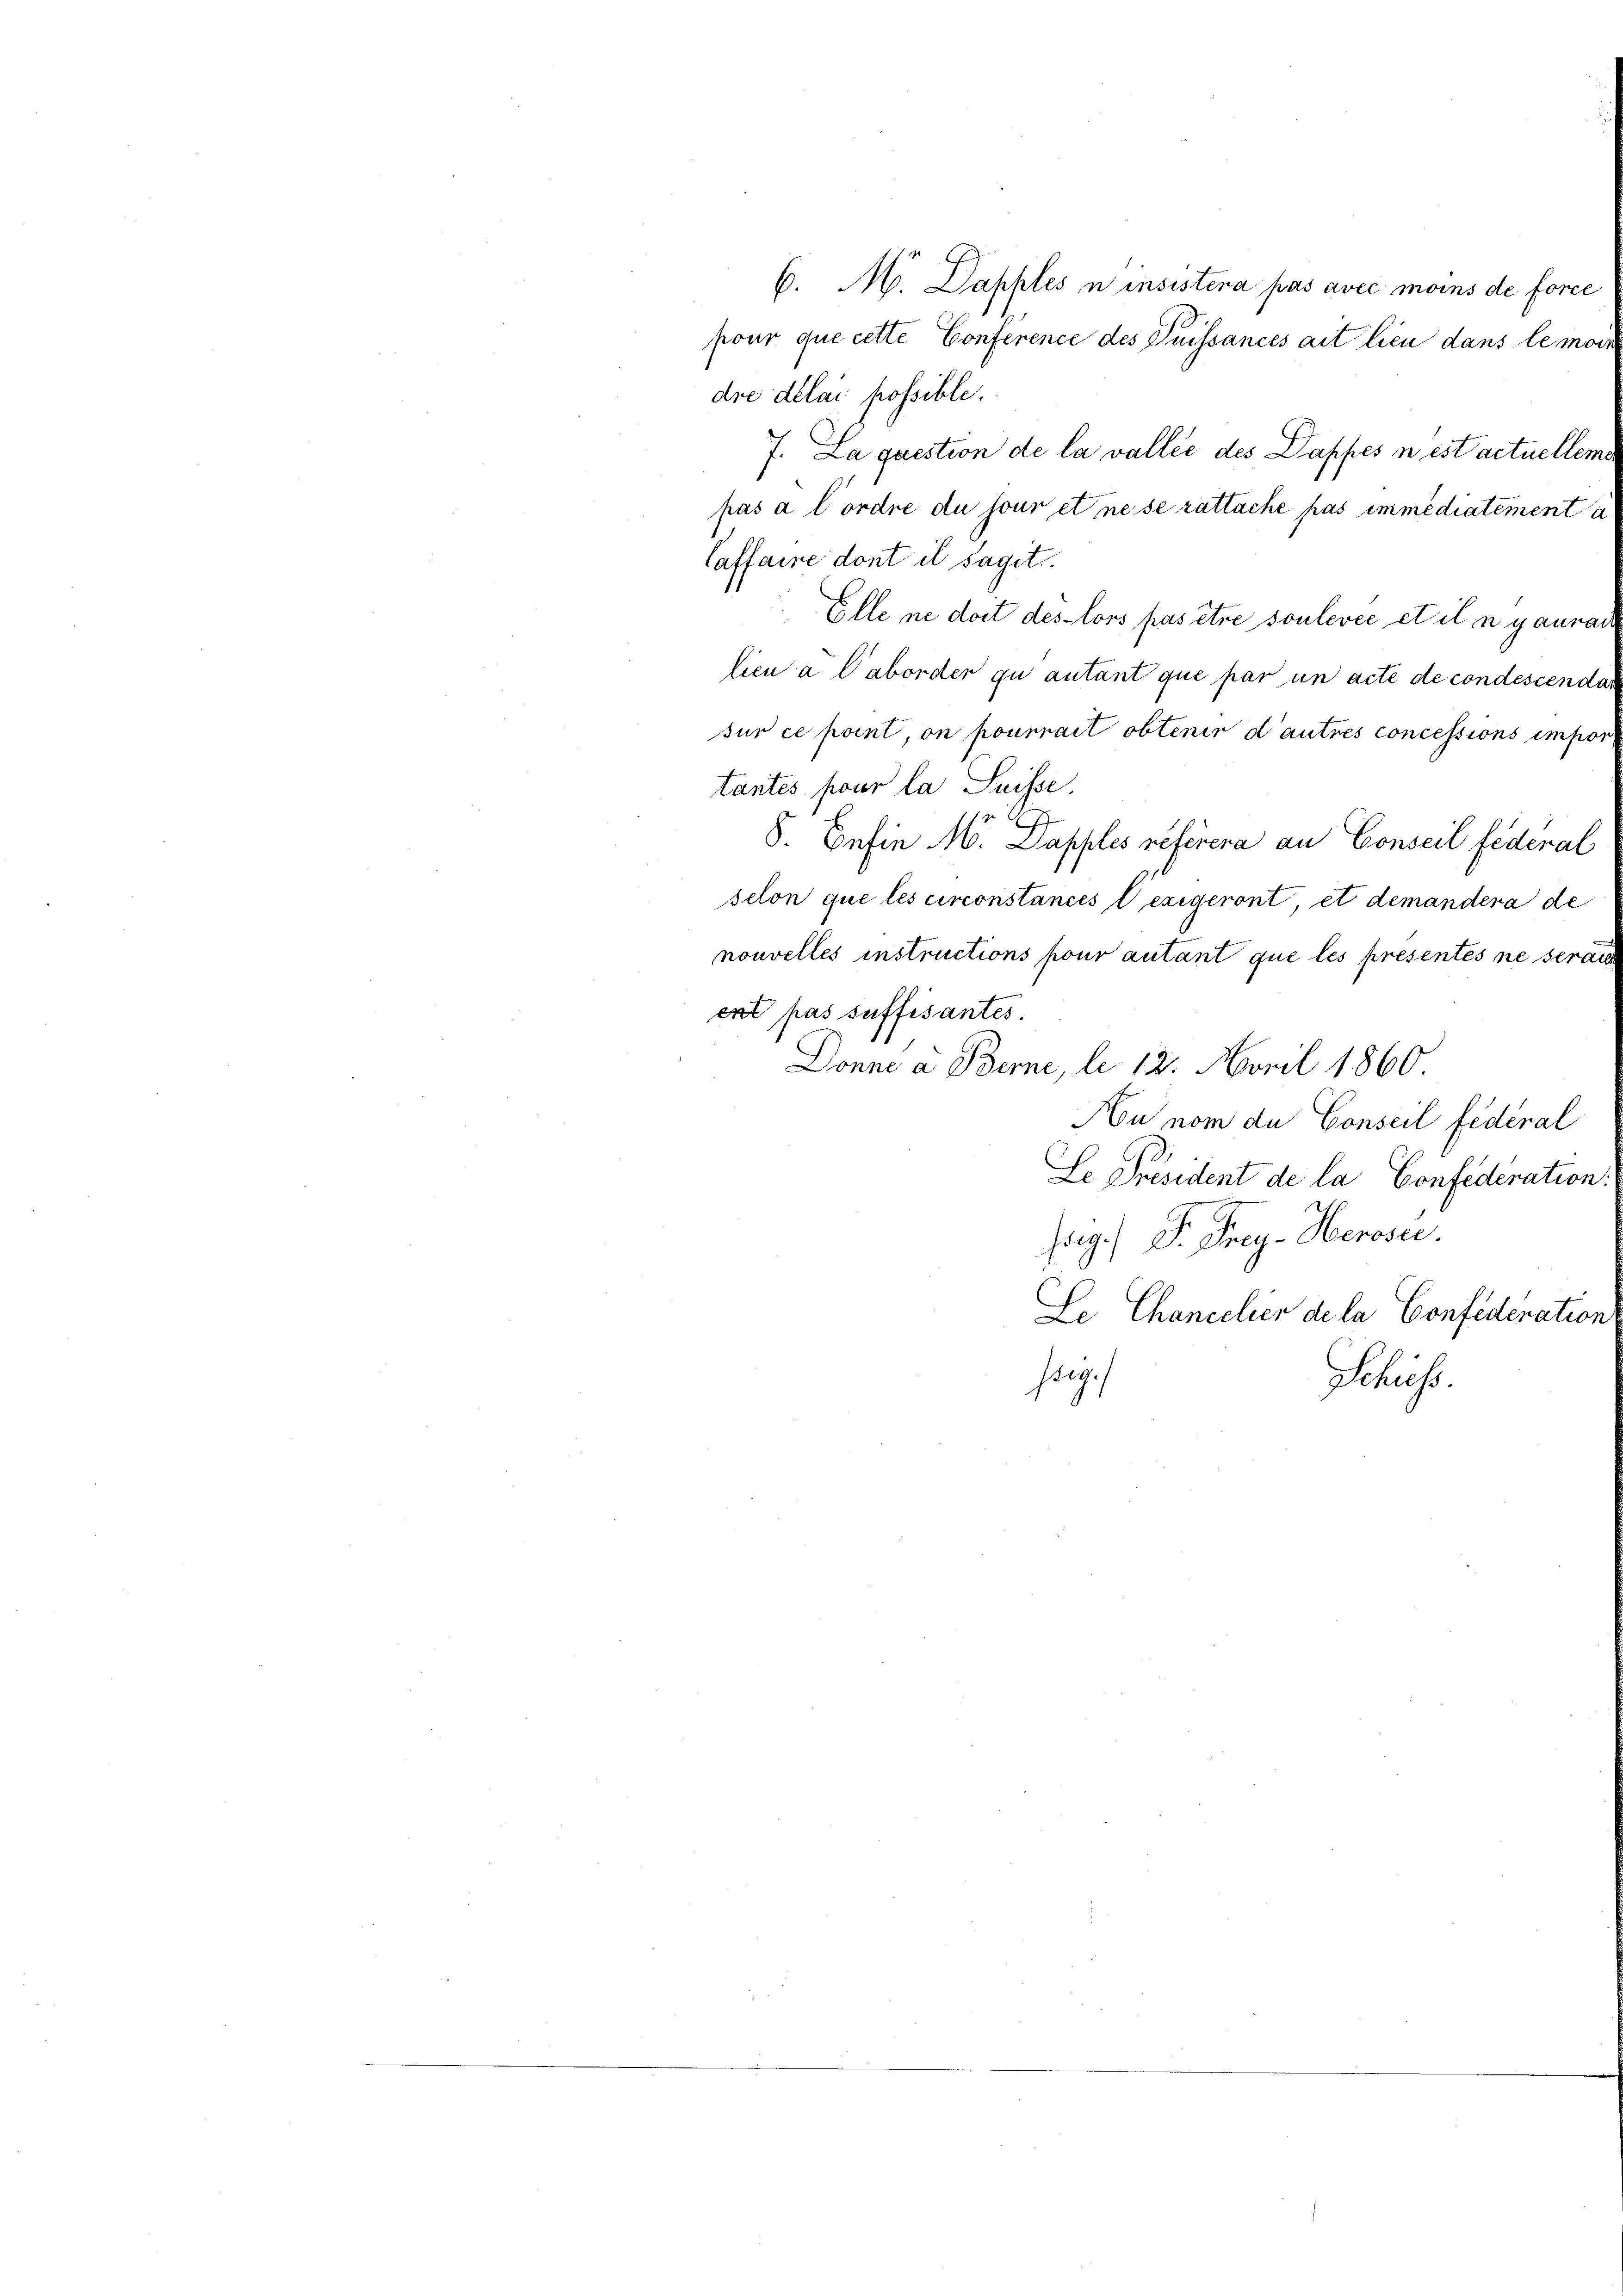
6. M. Dapples u insistera pas avec moins de force
pour que cette Conference des Duissances ait lieu dans le mor
dre délai possible.
7. La question de la vallée des Dappes in est actuelleme
pas à l’ordre du jour et ne se rattache pas immédiatement a
Caffaire dont il sagit
Elle ne dort des lors pas être soulevée et il n gaurai
lien a Caborder gu autant que par un acte de condescendar
sur ce point, on pourrait obtenir d’autres concessions impor
tantes pour la Suisse.
S. Befin M. Dapples referera an Conseil federal
selon que les circonstances exigeront, et demandera de
nouvelles instructions pour autant que les présentés ne serai
ext pas suffisantes.
Donne a Berne, le 12. April 1860
Hu nom du Conseil fédéral
Le Président de la Confederation.
Jog.) Dr. Frey- Herose.
Se Chancelier de la Confideration
sog.
Schuss.